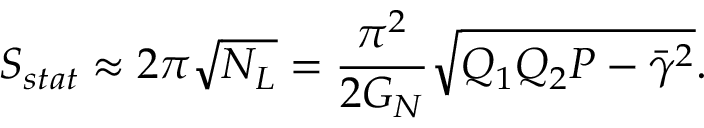
S _ { s t a t } \approx 2 \pi \sqrt { N _ { L } } = { \frac { \pi ^ { 2 } } { 2 G _ { N } } } \sqrt { Q _ { 1 } Q _ { 2 } P - \bar { \gamma } ^ { 2 } } .